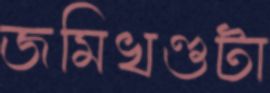
জমিখণ্ডটা